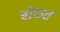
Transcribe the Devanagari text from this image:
बोरुत